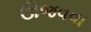
ઊજવવા